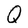
Character: Q